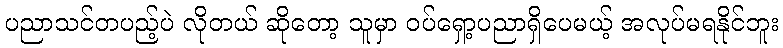
ပညာသင်တပည့်ပဲ လိုတယ် ဆိုတော့ သူမှာ ဝပ်ရှော့ပညာရှိပေမယ့် အလုပ်မရနိုင်ဘူး